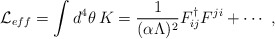
\begin{align*}{\cal L}_{eff} = \int d^4 \theta \, K = {1 \over {(\alpha \Lambda)^2}}F^{\dag}_{ij} F^{ji} + \cdots \ ,\end{align*}